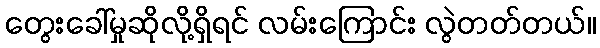
တွေးခေါ်မှုဆိုလို့ရှိရင် လမ်းကြောင်း လွဲတတ်တယ်။